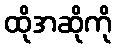
ထိုအဆိုကို